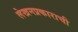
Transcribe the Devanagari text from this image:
लेखनप्रकाराची